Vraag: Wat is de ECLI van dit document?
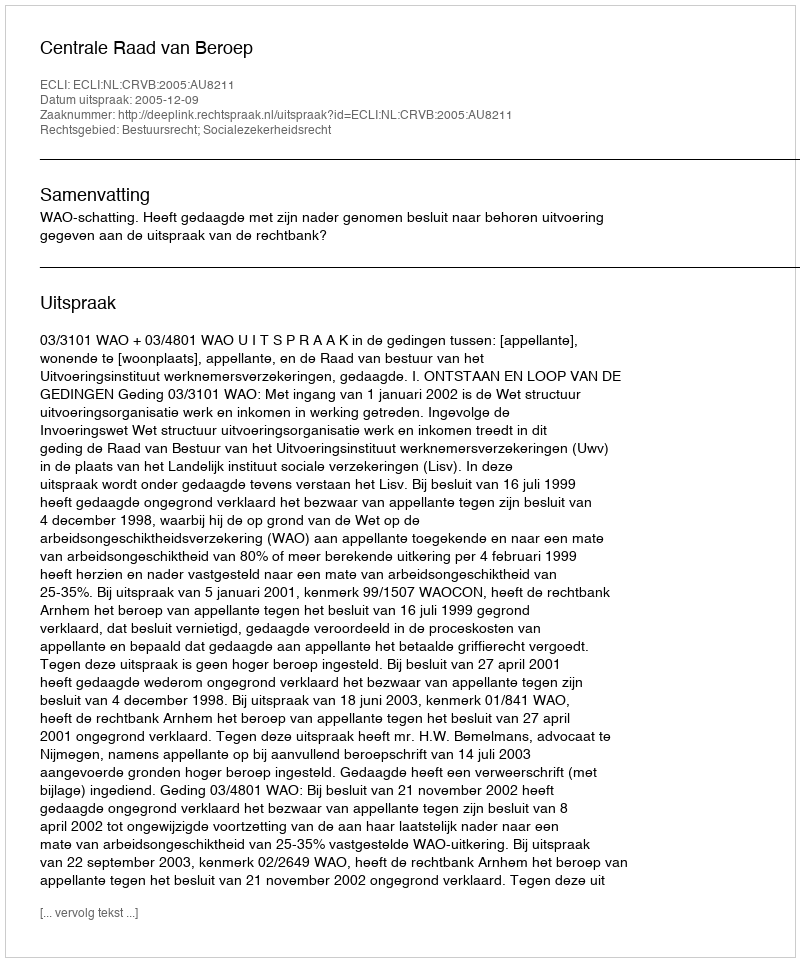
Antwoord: ECLI:NL:CRVB:2005:AU8211